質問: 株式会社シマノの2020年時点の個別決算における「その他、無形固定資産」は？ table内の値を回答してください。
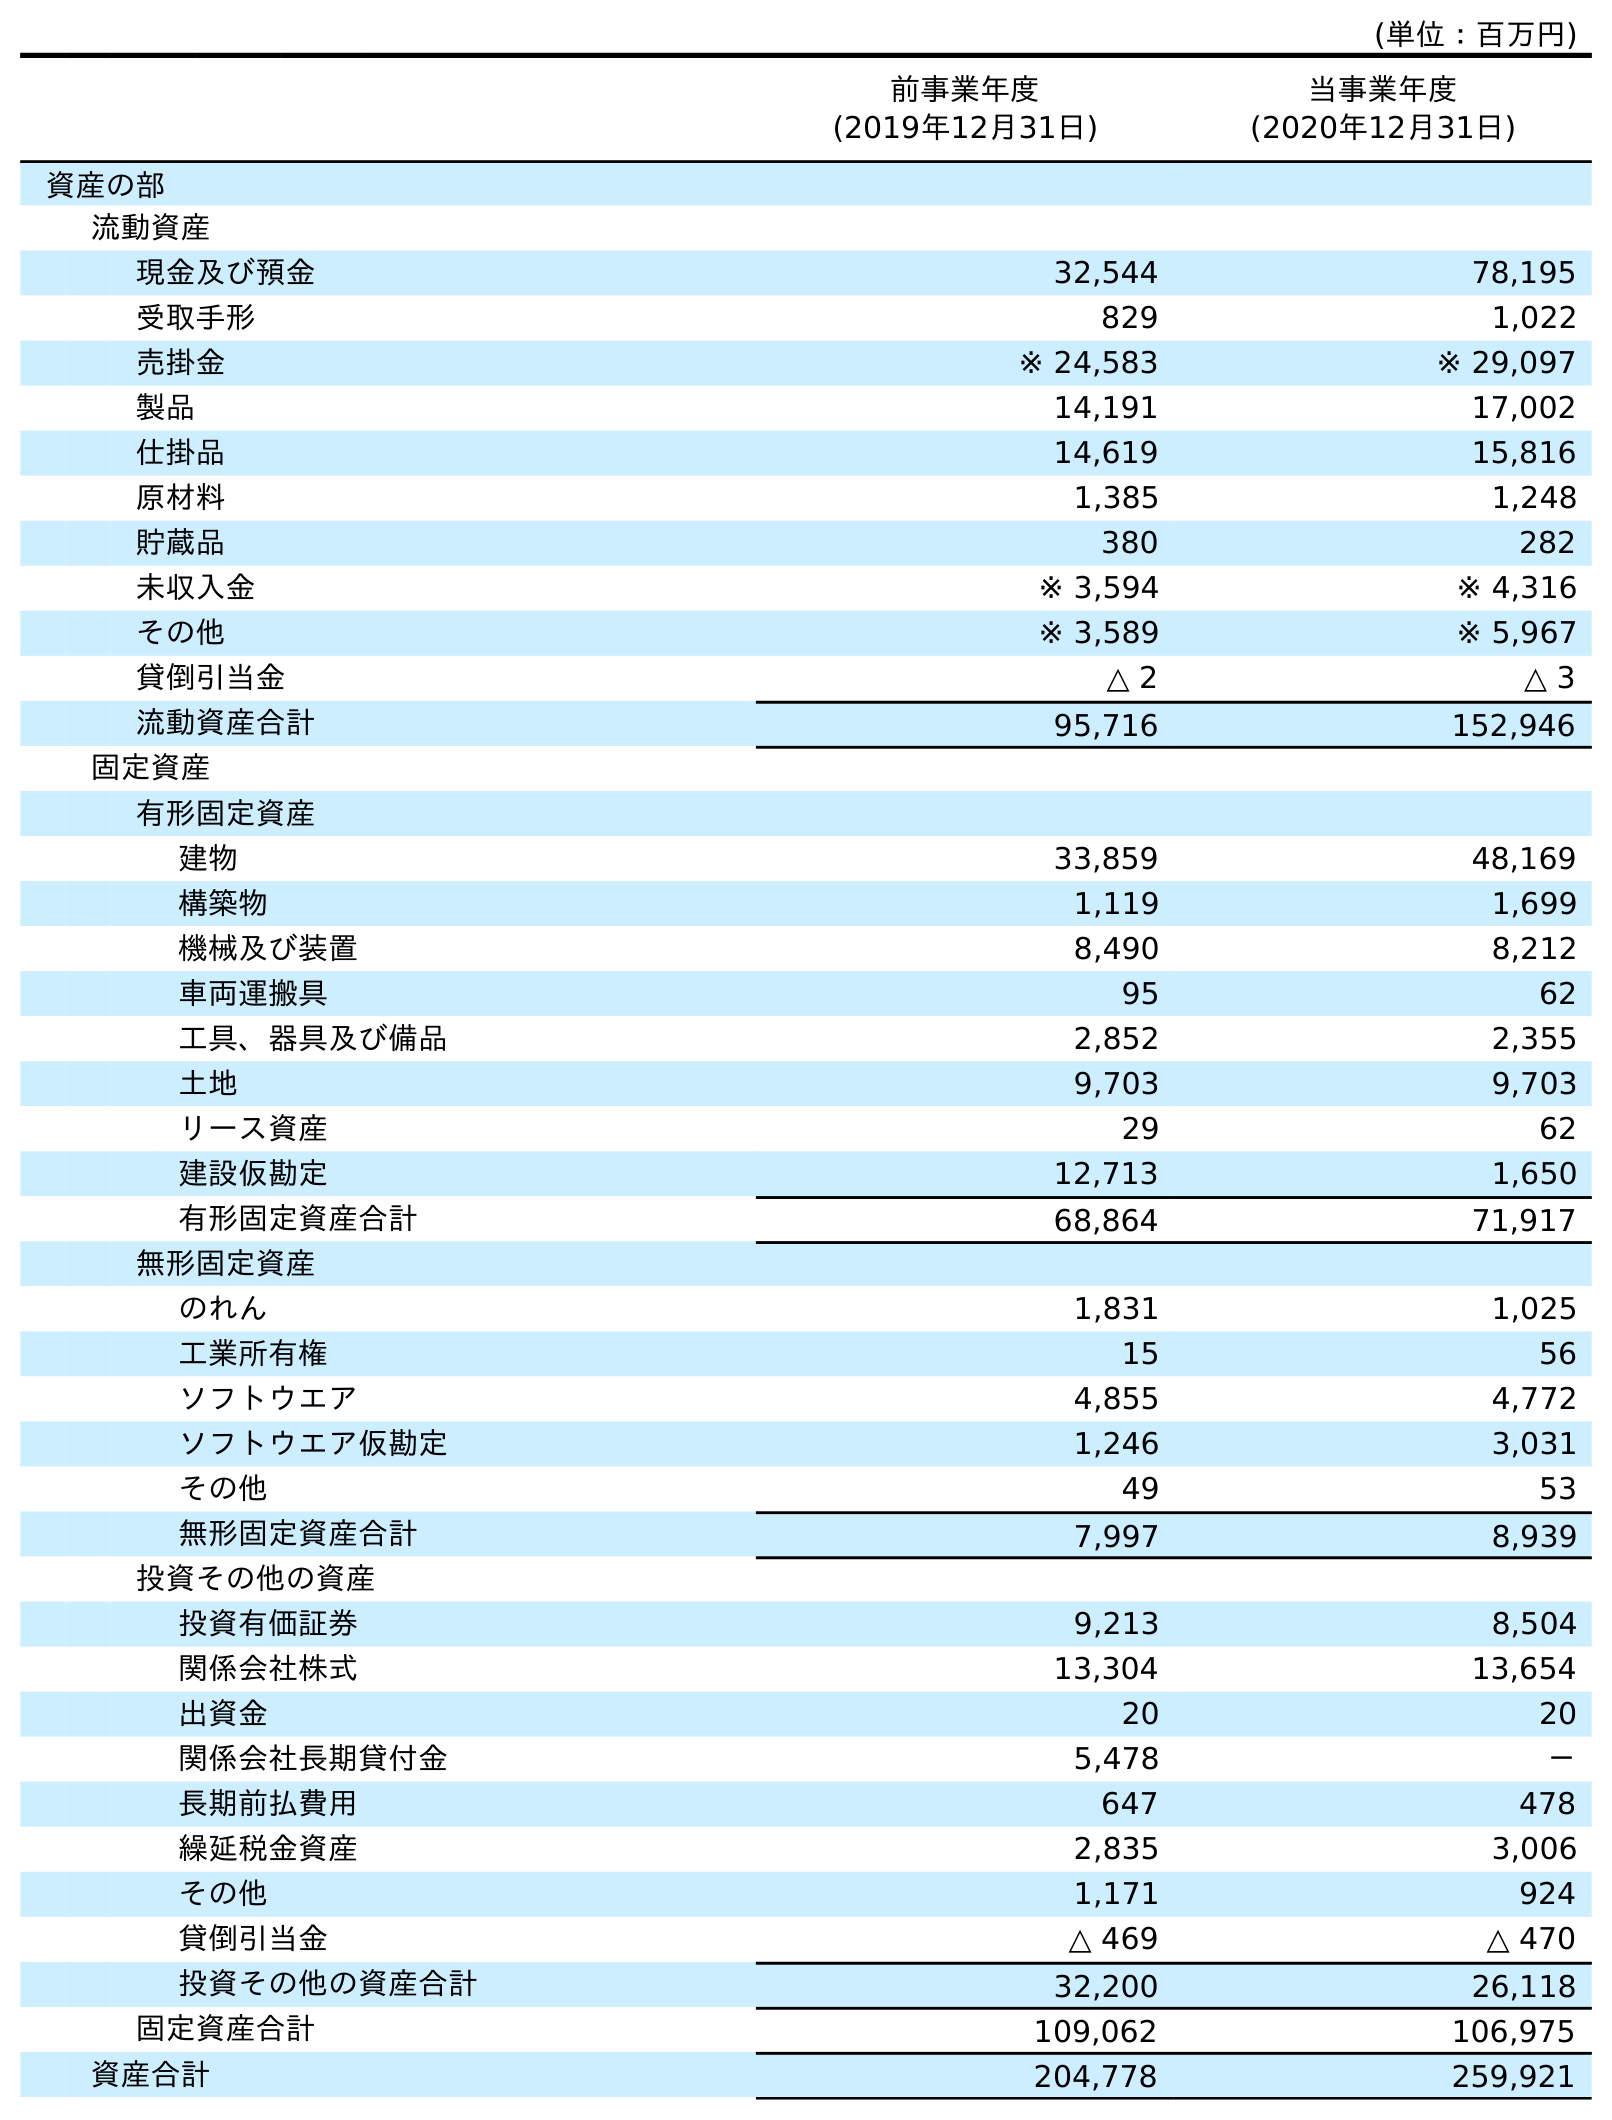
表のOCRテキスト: (単位：百万円) 前事業年度 (2019年12月31日) 当事業年度 (2020年12月31日) 資産の部 流動資産 現金及び預金 32,544 78,195 受取手形 829 1,022 売掛金 ※ 24,583 ※ 29,097 製品 14,191 17,002 仕掛品 14,619 15,816 原材料 1,385 1,248 貯蔵品 380 282 未収入金 ※ 3,594 ※ 4,316 その他 ※ 3,589 ※ 5,967 貸倒引当金 △ 2 △ 3 流動資産合計 95,716 152,946 固定資産 有形固定資産 建物 33,859 48,169 構築物 1,119 1,699 機械及び装置 8,490 8,212 車両運搬具 95 62 工具、器具及び備品 2,852 2,355 土地 9,703 9,703 リース資産 29 62 建設仮勘定 12,713 1,650 有形固定資産合計 68,864 71,917 無形固定資産 のれん 1,831 1,025 工業所有権 15 56 ソフトウエア 4,855 4,772 ソフトウエア仮勘定 1,246 3,031 その他 49 53 無形固定資産合計 7,997 8,939 投資その他の資産 投資有価証券 9,213 8,504 関係会社株式 13,304 13,654 出資金 20 20 関係会社長期貸付金 5,478 － 長期前払費用 647 478 繰延税金資産 2,835 3,006 その他 1,171 924 貸倒引当金 △ 469 △ 470 投資その他の資産合計 32,200 26,118 固定資産合計 109,062 106,975 資産合計 204,778 259,921
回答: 53